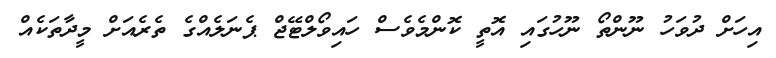
އިހަށް ދުވަހު ނޫންތޯ ނޫހުގައި އޮތީ ކޮންމެވެސް ހައިވޯލްޓޭޖް ޕެނަލެއްގެ ތެރެއަށް މީދާތަކެއް